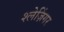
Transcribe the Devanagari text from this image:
श्लेज़िंगर